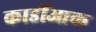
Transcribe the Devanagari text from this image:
कार्डीआक